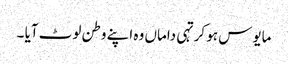
مایوس ہو کر تہی داماں وہ اپنے وطن لوٹ آیا ۔